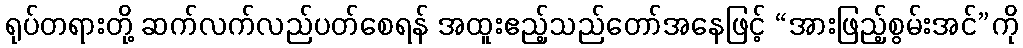
ရုပ်တရားတို့ ဆက်လက်လည်ပတ်စေရန် အထူးဧည့်သည်တော်အနေဖြင့် “အားဖြည့်စွမ်းအင်”ကို